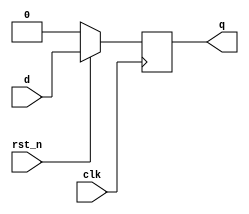
module d_ff_r(
    input clk,rst_n,d,
    output reg q);
    always@(posedge clk)
    begin
        if(rst_n==0)
        q <= 1'b0;
        else
        q <= d;
    end
endmodule